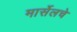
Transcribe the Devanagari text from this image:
मार्सेलचे